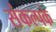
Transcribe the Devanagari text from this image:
संकल्पके